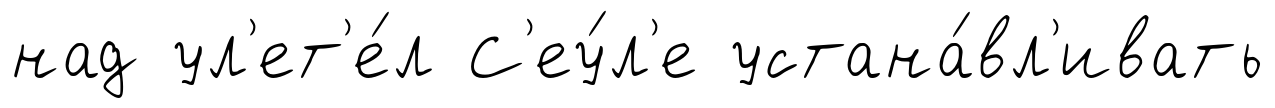
над ул'ет'е́л С'еу́л'е устана́вл'ивать